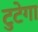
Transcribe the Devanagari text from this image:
टुटेगा